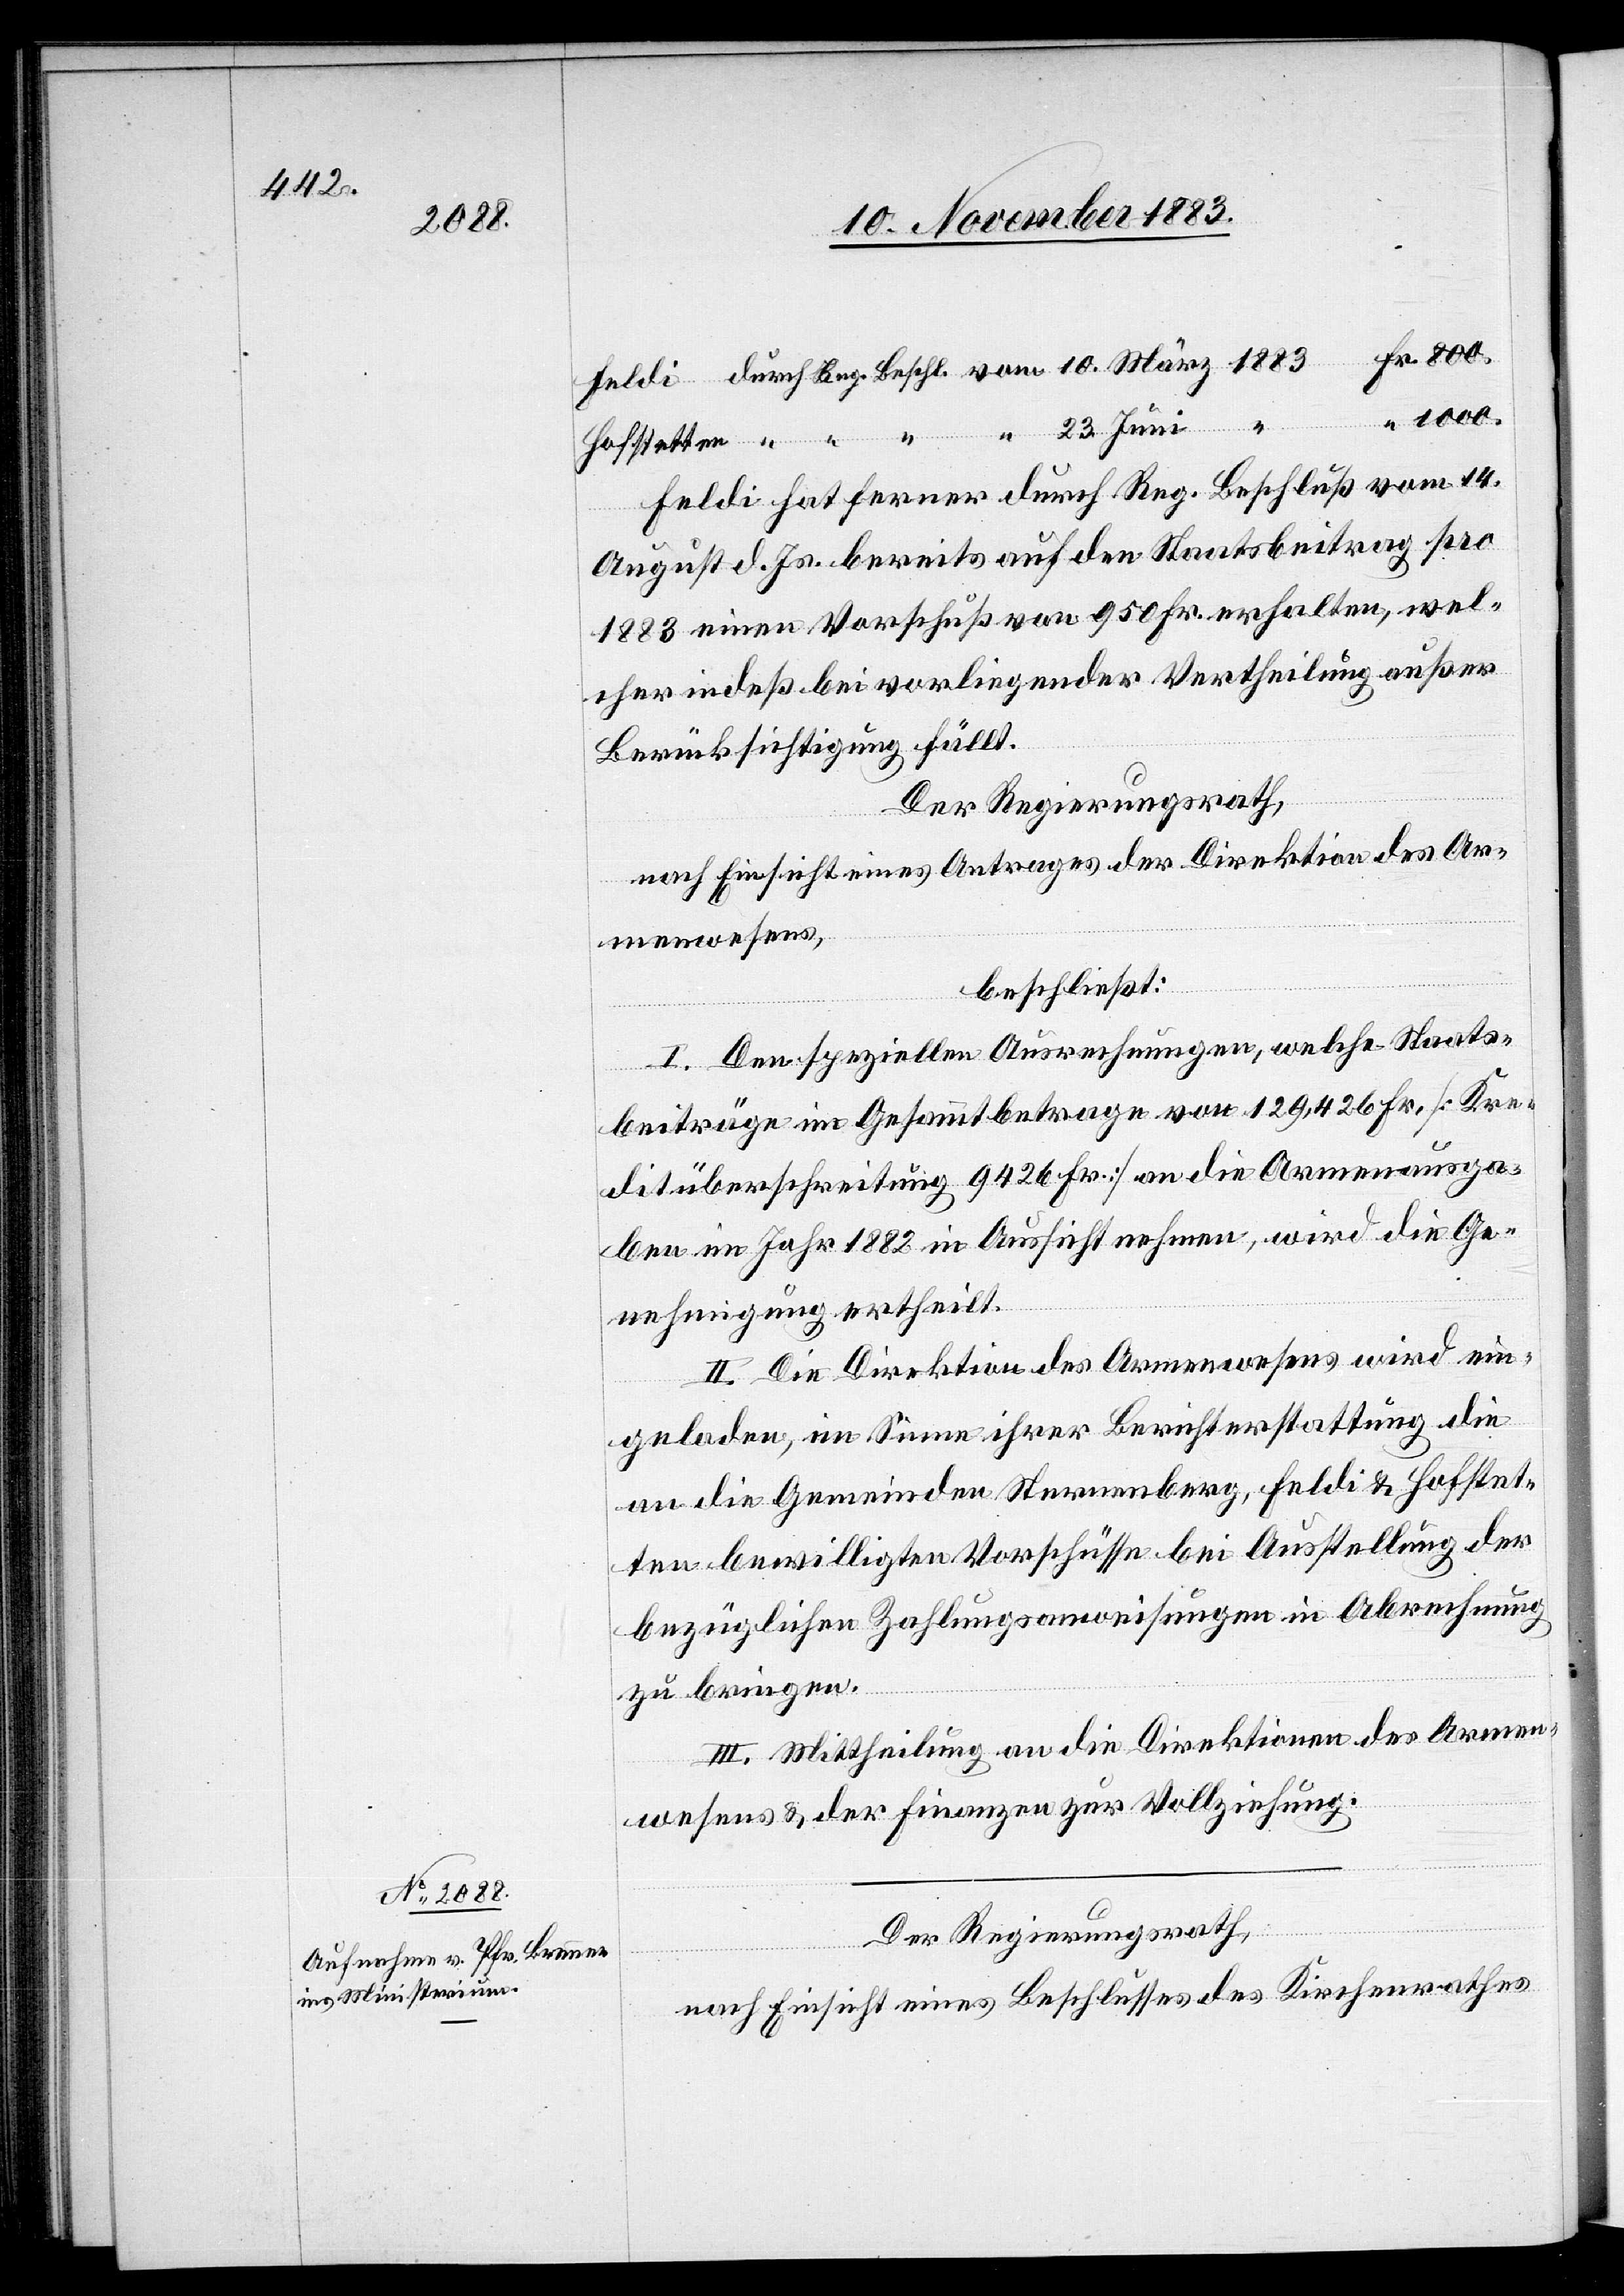
800.

1000.
Feldi hat ferner durch Reg. Beschluß vom 14.
August d. Js. bereits auf den Staatsbeitrag pro
1883 einen Vorschuß von 950 Fr. erhalten, wel¬
cher indeß bei vorliegender Vertheilung außer
Berücksichtigung fällt.
Der Regierungsrath,
nach Einsicht eines Antrages der Direktion des Ar¬
menwesens,
23.
beschließt:
I. Den speziellen Ausrechnungen, welche Staats¬
beiträge im Gesammtbetrage von 129,426 Fr. [Kre¬
ditüberschreitung 9426 Fr.] an die Armenausga¬
ben im Jahr 1882 in Aussicht nehmen, wird die Ge¬
nehmigung ertheilt.
II. Die Direktion des Armenwesens wird ein¬
geladen, im Sinne ihrer Berichterstattung die
an die Gemeinden Sternenberg, Feldi & Hofstet¬
ten bewilligten Vorschüsse bei Ausstellung der
bezüglichen Zahlungsanweisungen in Abrechnung
zu bringen.
III. Mittheilung an die Direktionen des Armen¬
wesens & der Finanzen zur Vollziehung.
Der Regierungsrath,
nach Einsicht eines Beschlusses des Kirchenrathes